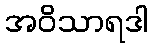
အဝိသာရဒါ